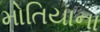
મોતિયાના